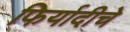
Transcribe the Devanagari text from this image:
फिर्यादीचे